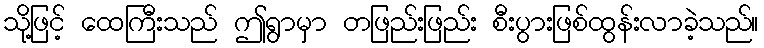
သို့ဖြင့် ထေကြီးသည် ဤရွာမှာ တဖြည်းဖြည်း စီးပွားဖြစ်ထွန်းလာခဲ့သည်။